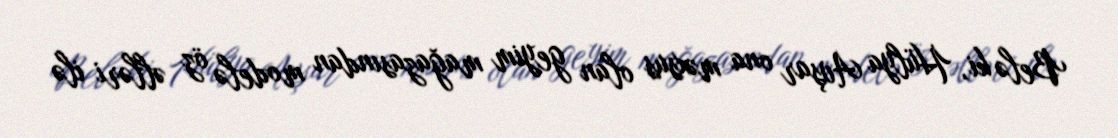
Belə ki, Hülya Avşar ona məxsus olan geyim mağazasından modelə öz əlləri ilə